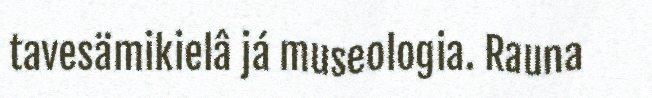
tavesämikielâ já museologia. Rauna